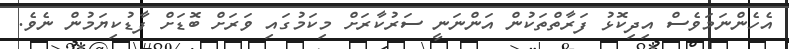
އެހެންނަމަވެސް އިދިކޮޅު ފަރާތްތަކުން އަންނަނީ ސަރުކާރަށް މިކަމުގައި ވަރަށް ބޮޑަށް ފާޑުކިޔަމުން ނެވެ.